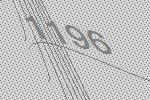
1196